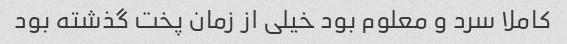
کاملا سرد و معلوم بود خیلی از زمان پخت گذشته بود